65_HS1-834228961_62-HQ-83894_Section_9
Agency: FBI
Page 166
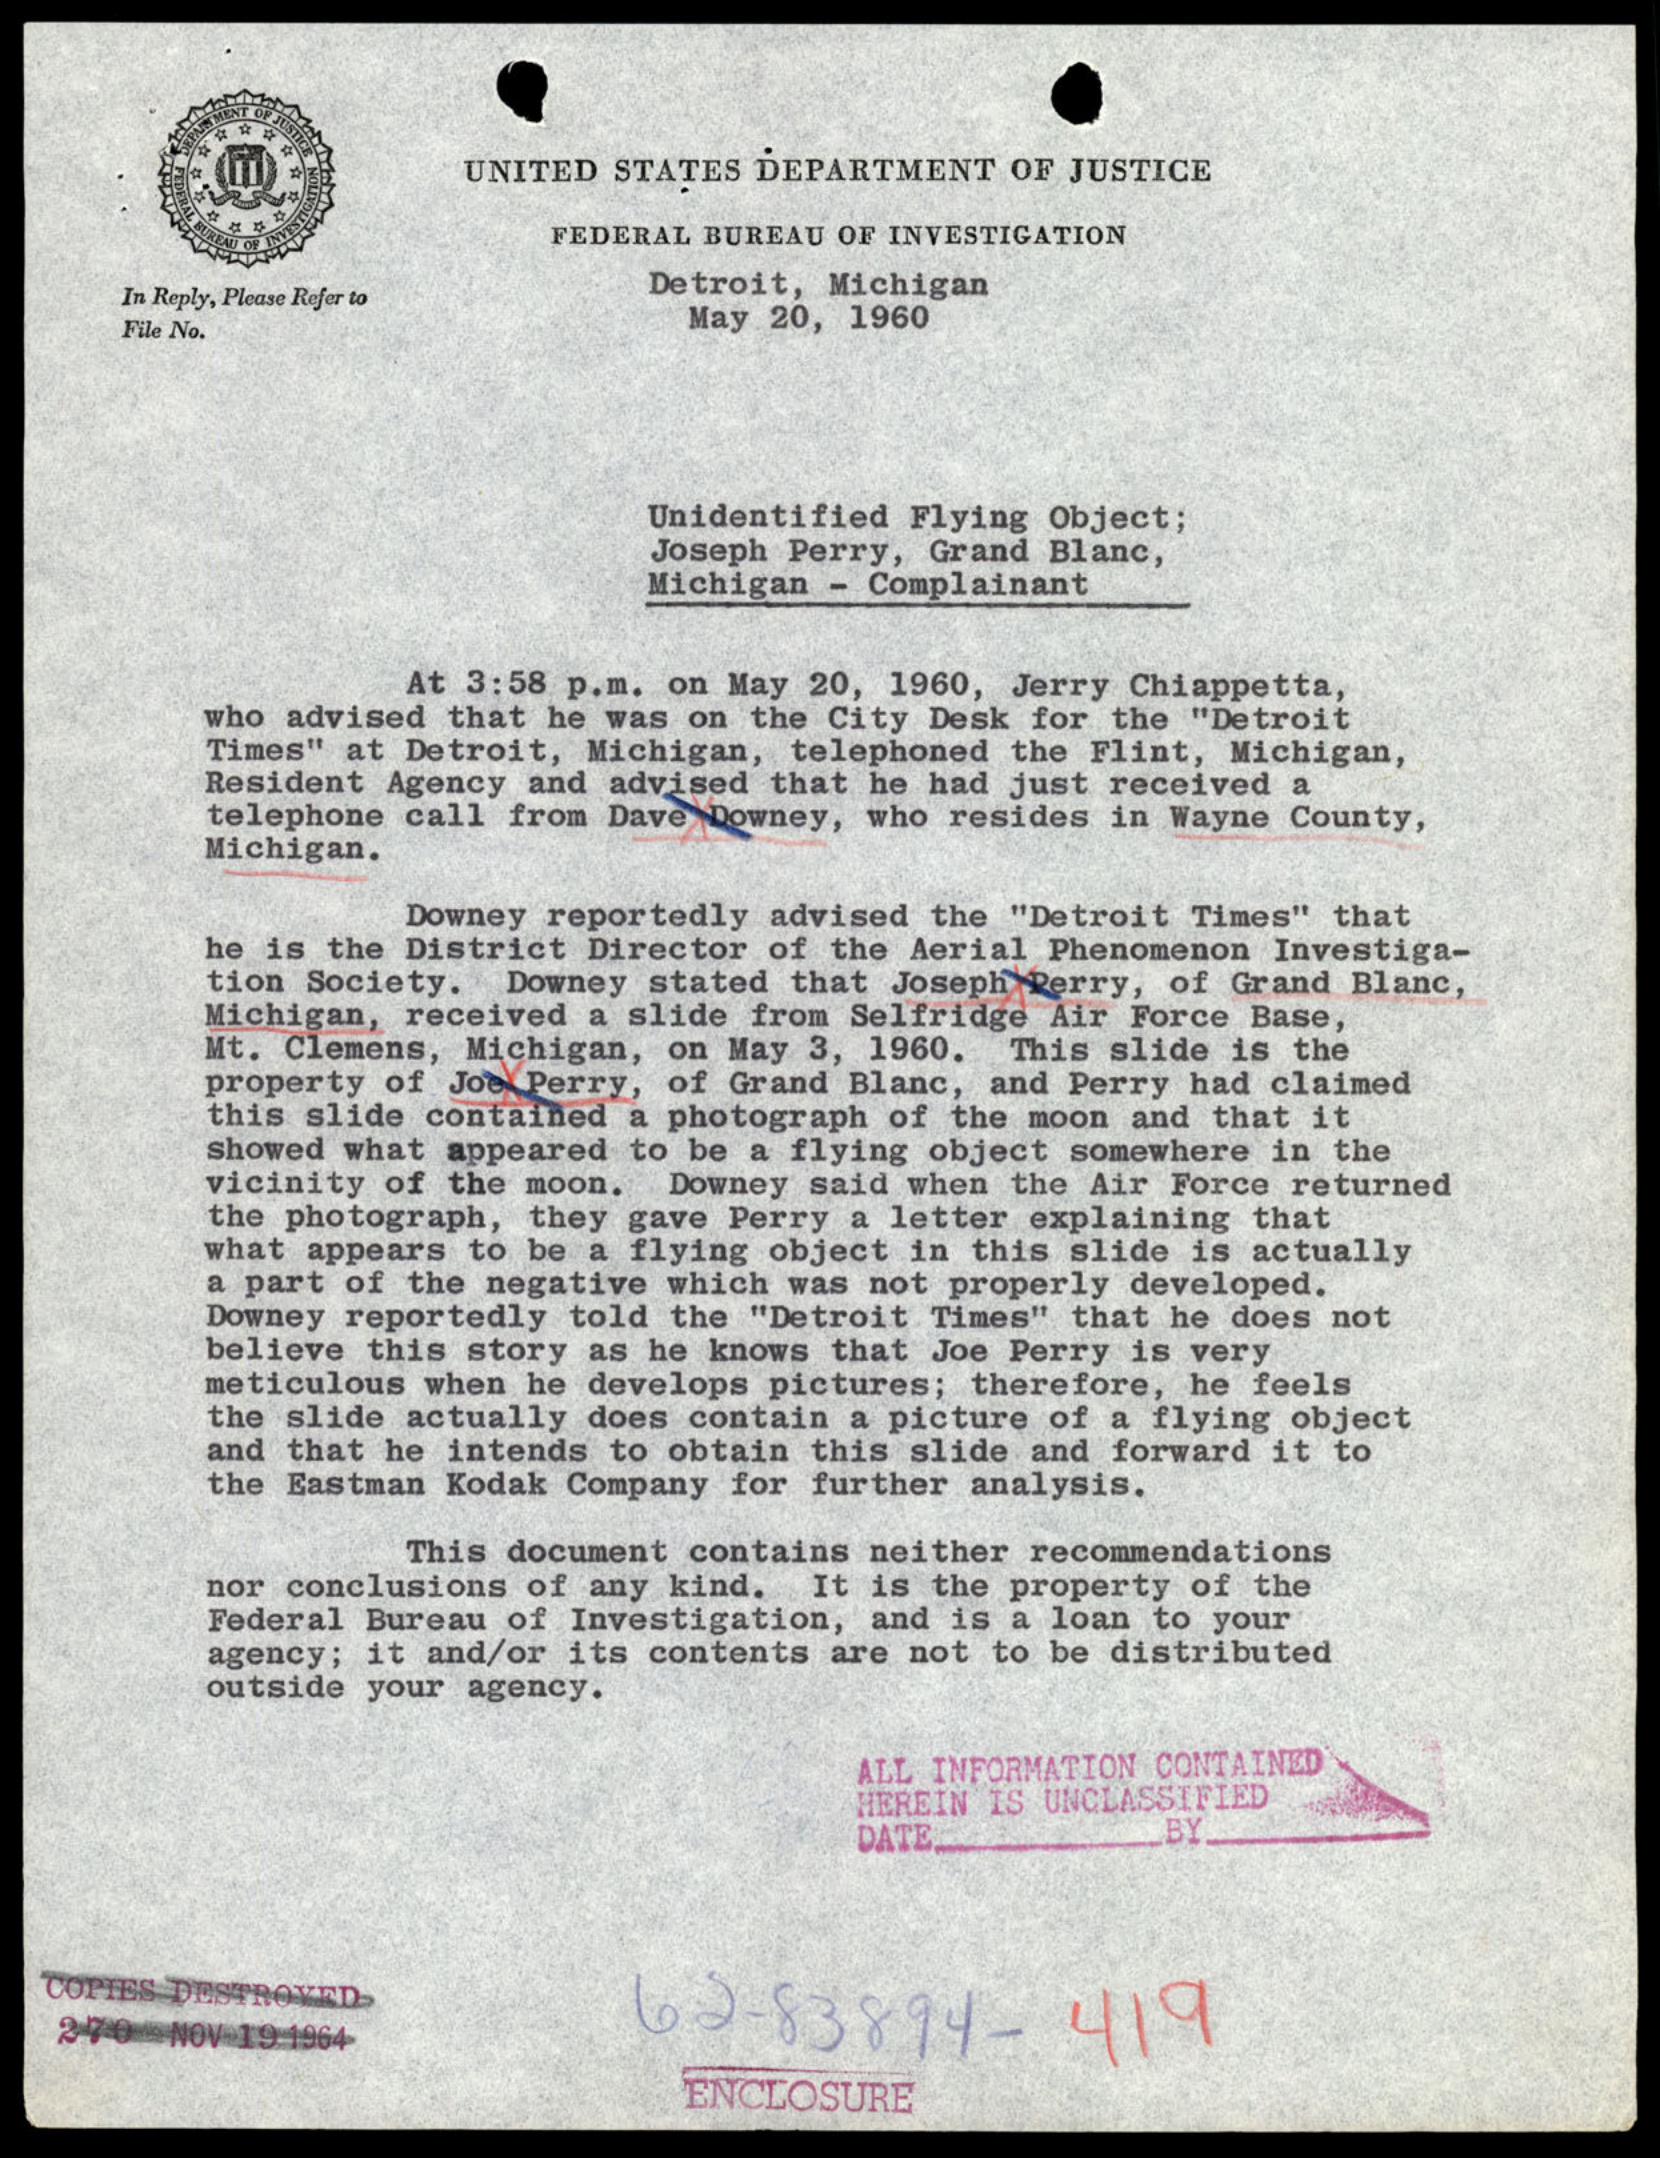